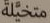
متخيلة